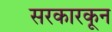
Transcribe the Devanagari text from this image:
सरकारकून